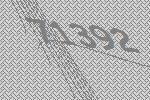
71392